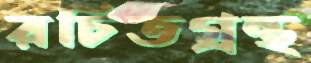
রচিতগ্রন্থ